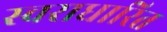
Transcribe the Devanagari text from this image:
स्वराधारित